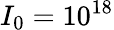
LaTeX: I_{0}=10^{18}